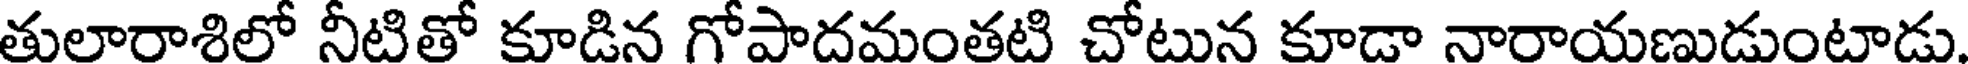
తులారాశిలో నీటితో కూడిన గోపాదమంతటి చోటున కూడా నారాయణుడుంటాడు